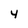
Character: 4